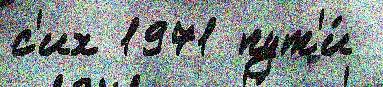
с'их 1971 пут'и́